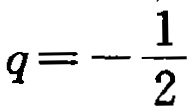
\(q = - \frac{1}{2}\)